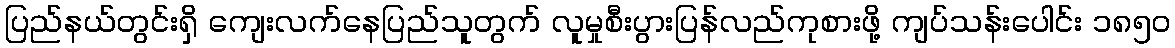
ပြည်နယ်တွင်းရှိ ကျေးလက်နေပြည်သူတွက် လူမှုစီးပွားပြန်လည်ကုစားဖို့ ကျပ်သန်းပေါင်း ၁၈၅၀